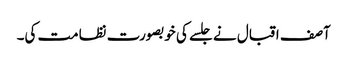
آصف اقبال نے جلسے کی خوبصورت نظامت کی۔